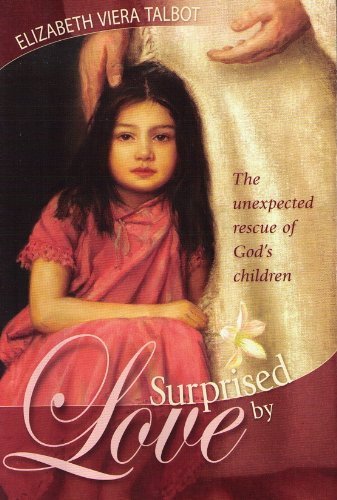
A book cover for Surprised by Love: The Unexpected Rescue of God's Children; Elizabeth Viera Talbot; Christian Books & Bibles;